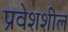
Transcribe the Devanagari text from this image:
प्रवेशशील